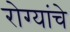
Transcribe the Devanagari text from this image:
रोग्यांचे